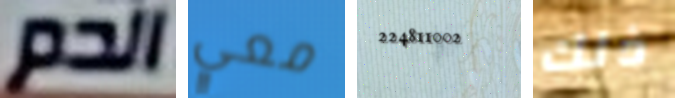
الدم معي 224811002 ذلك